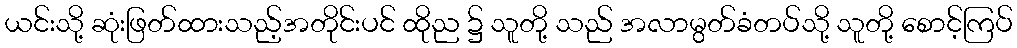
ယင်းသို့ ဆုံးဖြတ်ထားသည့်အတိုင်းပင် ထိုည ၌ သူတို့ သည် အလာမွတ်ခံတပ်သို့ သူတို့ စောင့်ကြပ်